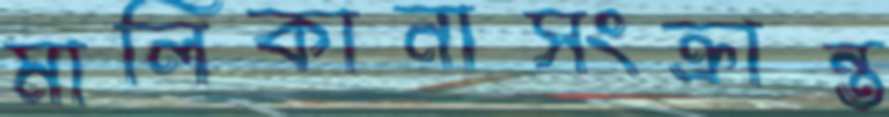
মালিকানাসংক্রান্ত